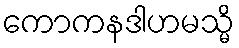
ကောကနဒါဟမသ္မိ